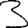
Digit: 3